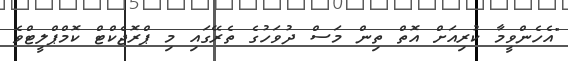
"އެހެންވީމާ ކުރިއަށް އޮތް ތިން މަސް ދުވަހުގެ ތެރޭގައި މި ޕްރޮޖެކްޓް ކޮމްޕްލީޓްވެ